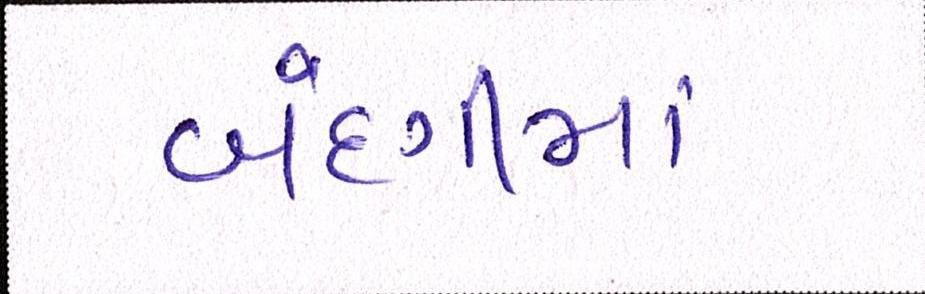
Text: બંદગીમાં